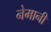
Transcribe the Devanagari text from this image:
नेमानी